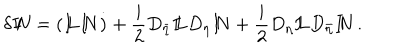
LaTeX: \delta { I \! \! N } = ( { I \! \! L } { I \! \! N } \dot { ) } + \frac { i } { 2 } D _ { \bar { \eta } } { I \! \! L } D _ { \eta } { I \! \! N } + \frac { i } { 2 } D _ { \eta } { I \! \! L } D _ { \bar { \eta } } { I \! \! N } \, .